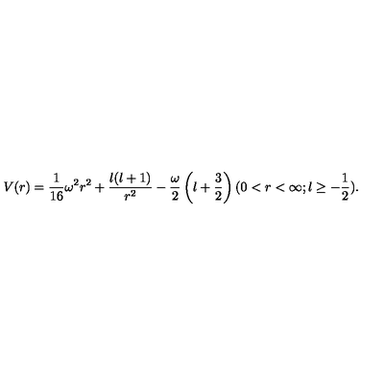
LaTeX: V ( r ) = \frac { 1 } { 1 6 } \omega ^ { 2 } r ^ { 2 } + \frac { l ( l + 1 ) } { r ^ { 2 } } - \frac { \omega } { 2 } \left( l + \frac { 3 } { 2 } \right) ( 0 < r < \infty ; l \ge - \frac { 1 } { 2 } ) .